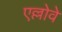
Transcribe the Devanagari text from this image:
एल्लोवे